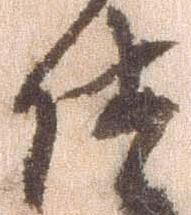
仕